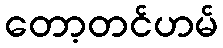
တော့တင်ဟမ်